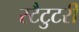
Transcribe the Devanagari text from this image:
स्टैटुटरी